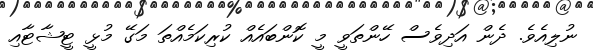
ނުލިއެވެ. ދެން އަދިވެސް ހޭންތަވީ މީ ކޮންބައެއް ކުރިކަމެއްތަ މަގޭ މުޅީ ޓީޝާޓާއި